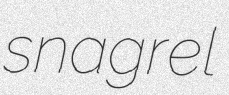
snagrel